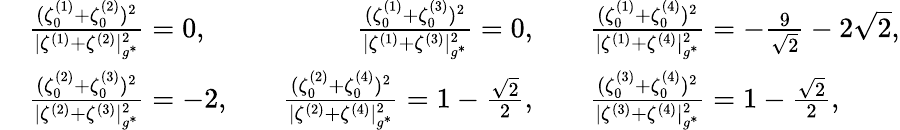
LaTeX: \begin{array}{rlrl}&{\frac{(\zeta_{0}^{(1)}+\zeta_{0}^{(2)})^{2}}{|\zeta^{(1)}+\zeta^{(2)}|_{g^{*}}^{2}}=0,\quad}&{\frac{(\zeta_{0}^{(1)}+\zeta_{0}^{(3)})^{2}}{|\zeta^{(1)}+\zeta^{(3)}|_{g^{*}}^{2}}=0,\quad}&{\frac{(\zeta_{0}^{(1)}+\zeta_{0}^{(4)})^{2}}{|\zeta^{(1)}+\zeta^{(4)}|_{g^{*}}^{2}}=-\frac{9}{\sqrt{2}}-2\sqrt{2},}\\ &{\frac{(\zeta_{0}^{(2)}+\zeta_{0}^{(3)})^{2}}{|\zeta^{(2)}+\zeta^{(3)}|_{g^{*}}^{2}}=-2,\quad}&{\frac{(\zeta_{0}^{(2)}+\zeta_{0}^{(4)})^{2}}{|\zeta^{(2)}+\zeta^{(4)}|_{g^{*}}^{2}}=1-\frac{\sqrt{2}}{2},\quad}&{\frac{(\zeta_{0}^{(3)}+\zeta_{0}^{(4)})^{2}}{|\zeta^{(3)}+\zeta^{(4)}|_{g^{*}}^{2}}=1-\frac{\sqrt{2}}{2},}\end{array}